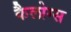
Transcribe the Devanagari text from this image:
कैलोग्स